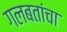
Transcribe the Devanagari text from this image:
गलबतांचा